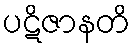
ပဋိဇာနတိ